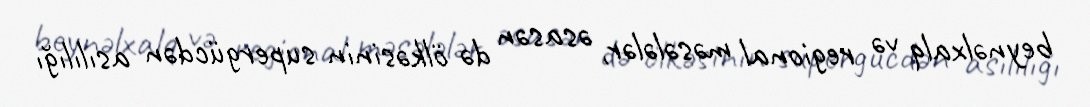
beynəlxalq və regional məsələlər, əsasən də ölkəsinin supergücdən asılılığı